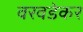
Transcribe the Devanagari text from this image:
वरवडेकर